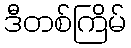
ဒီတစ်ကြိမ်